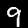
Label: 9